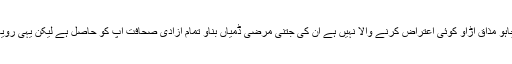
اپنے چینلز میں دیکھ لو، زمانے بھر کا کیچڑ منتخب نمائندوں پر پھینکو جتنا چاہو مذاق اڑاؤ کوئی اعتراض کرنے والا نہیں ہے ان کی جتنی مرضی ڈمیاں بناؤ تمام آزادی صحافت آپ کو حاصل ہے لیکن یہی رویہ ذرا لٹھ برداروں کے متعلق اپنا کر دیکھو آٹے دال کا بھاؤ معلوم ہو جائے گا ۔